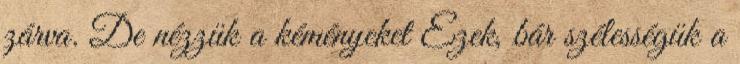
zárva. De nézzük a kéményeket Ezek, bár szélességük a